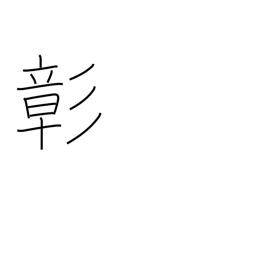
Meaning: patent